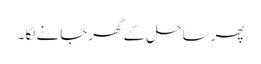
پھر ساحل کے گھرجانے لگا ۔